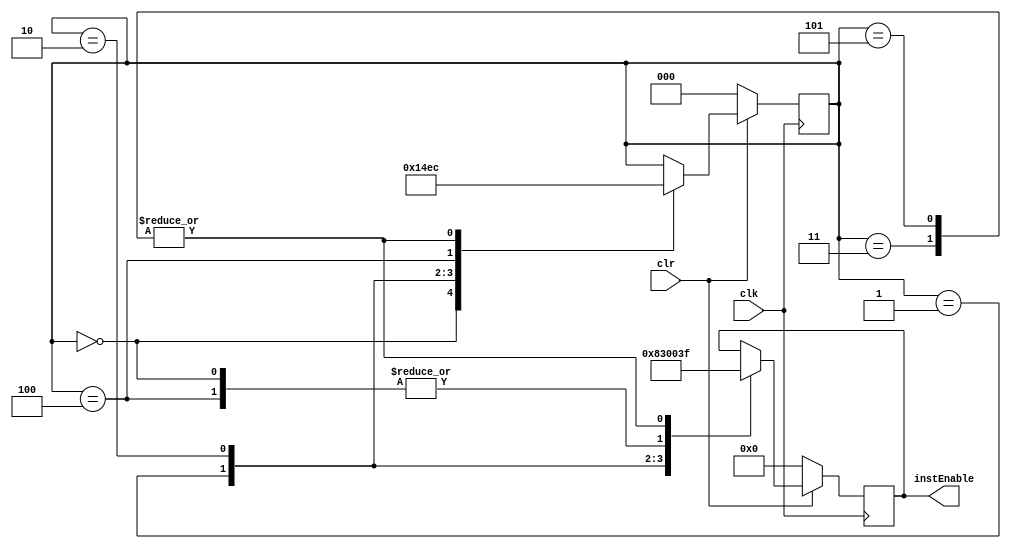
module central (clk, clr, instEnable);

input	clk, clr;
output reg [5:0]	instEnable;
reg [2:0] fetchState;		// Current fetching state
reg fetchNextState;

initial begin
	fetchState <= 0;
end

always @ (posedge clk) begin
	if( clr ) begin
		case (fetchState)
			0 : begin
				instEnable <= 6'b000000;	
				fetchState <= 1;
			end
			1 : begin
				instEnable <= 6'b100000; 
				fetchState <= 2;
			end
			2 : begin
				instEnable <= 6'b110000;
				fetchState <= 3;
			end
			3 : begin 
				instEnable <= 6'b111111;
				fetchState <= 4;
			end
			4 : begin
				instEnable <= 6'b000000;
				fetchState <= 5;
			end
			5 : begin
				instEnable <= 6'b111111;
				fetchState <= 4;
			end
		endcase
	end
	else begin
		fetchState = 0;
		instEnable <= 6'b000000;
	end
end


endmodule